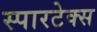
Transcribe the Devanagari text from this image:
स्पारटेक्स